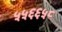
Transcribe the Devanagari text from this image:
५५६६५८